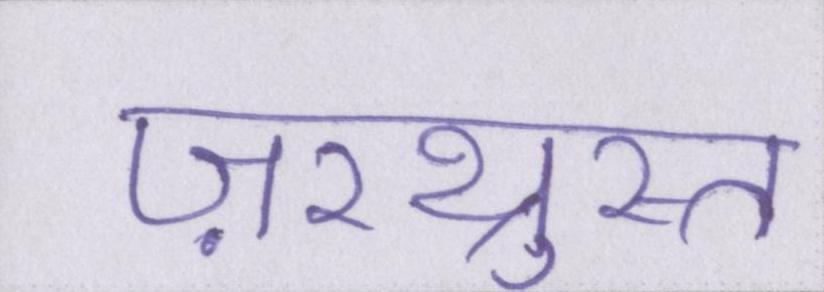
ज़रथ्रुस्त